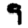
Digit: 9